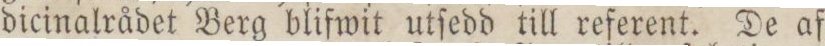
dicinalrådet Berg blifwit utſedd till referent. De af